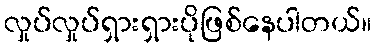
လှုပ်လှုပ်ရှားရှားပိုဖြစ်နေပါတယ်။